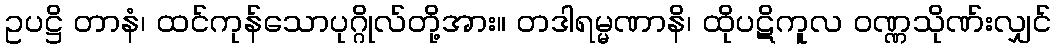
ဥပဋ္ဌိ တာနံ၊ ထင်ကုန်သောပုဂ္ဂိုလ်တို့အား။ တဒါရမ္မဏာနိ၊ ထိုပဋိကူလ ဝဏ္ဏသိုဏ်းလျှင်